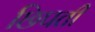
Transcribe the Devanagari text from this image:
छिपती